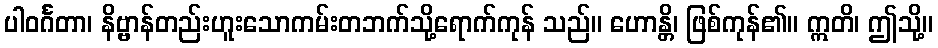
ပါဝင်္ဂတာ၊ နိဗ္ဗာန်တည်းဟူးသောကမ်းတဘက်သို့ရောက်ကုန် သည်။ ဟောန္တိ၊ ဖြစ်ကုန်၏။ ဣတိ၊ ဤသို့။